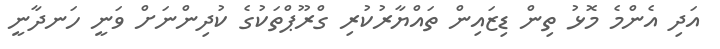
އަދި އެންމެ މޮޅު ތިން ޑިޒައިން ތައްޔާރުކުރި ގްރޫޕްތަކުގެ ކުދިންނަށް ވަނީ ހަނދާނީ